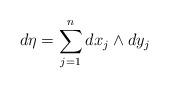
LaTeX: \begin{align*}d\eta = \sum_{j=1}^n dx_j \wedge dy_j\end{align*}